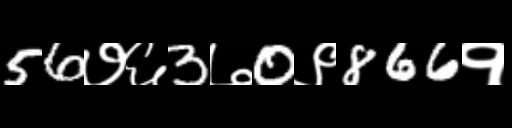
Text: 56७६3७0९866१